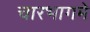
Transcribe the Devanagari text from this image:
चारभागमे